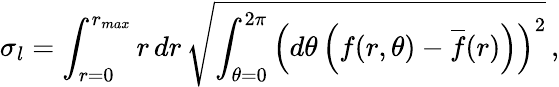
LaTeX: \sigma_{l}=\int_{r=0}^{r_{max}}\mathop{r}\mathop{dr}\sqrt{\int_{\theta=0}^{2\pi}\left(\mathop{d\theta}\left(f(r,\theta)-\overline{{f}}(r)\right)\right)^{2}}\, ,